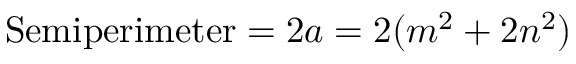
{ \mathrm { S e m i p e r i m e t e r } } = 2 a = 2 ( m ^ { 2 } + 2 n ^ { 2 } )